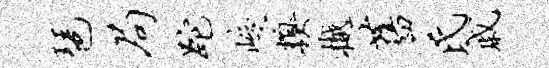
琶局跎峻糗樾旧氏戚